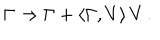
LaTeX: \Gamma \to \Gamma + \langle \Gamma , V \rangle \, V \, .